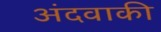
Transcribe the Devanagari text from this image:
अंदवाकी